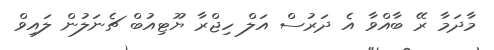
މާދަމާ ރޭ ބާއްވާ އެ ދަރުސް އަލް ހިޖްރާ ޔޫޓިއުބް ޗެނަލުން ލައިވް